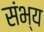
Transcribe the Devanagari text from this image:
संभ्य